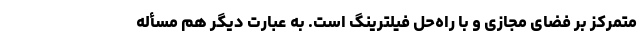
متمرکز بر فضای مجازی و با راه‌حل فیلترینگ است. به عبارت دیگر هم مسأله